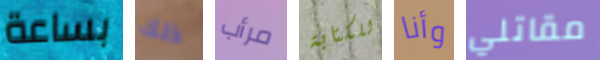
بساعة ذلك مرأب للكتابة وأنا مقاتلي